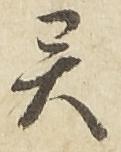
異